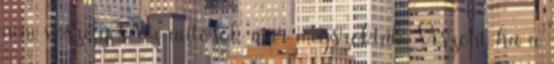
nem veszélyes, az autósok már megszokták. Viszont ha a